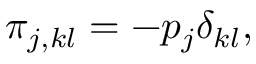
\pi _ { j , k l } = - p _ { j } \delta _ { k l } ,